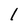
Character: l